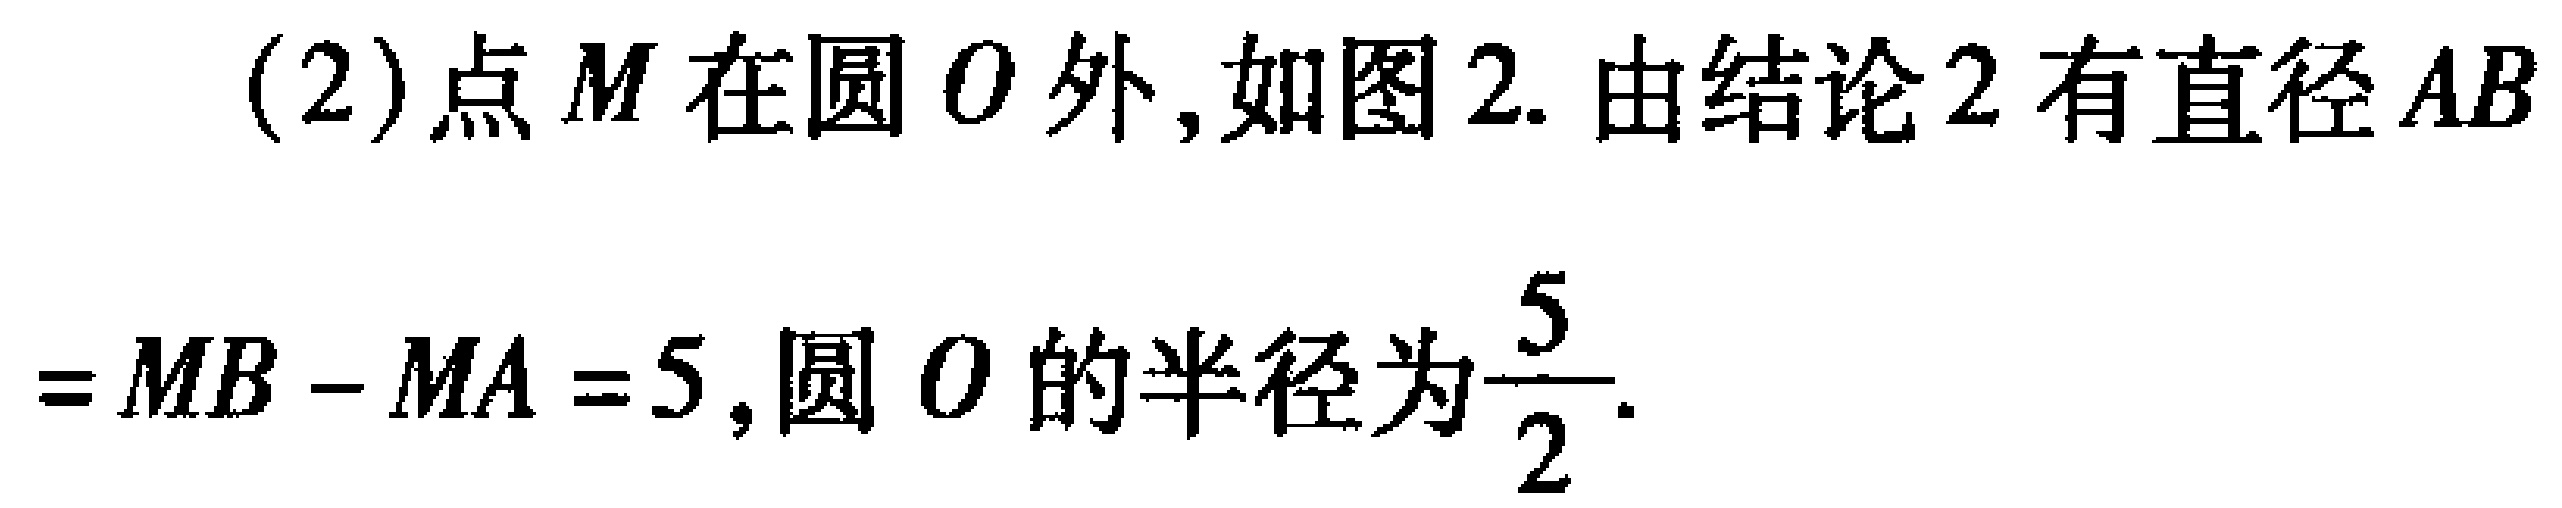
(2)点\(M\)在圆\(O\)外,如图2. 由结论2有直径\(AB\)
\(=MB - MA = 5\),圆\(O\)的半径为\(\frac{5}{2}\).